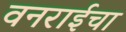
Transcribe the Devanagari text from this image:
वनराईचा